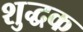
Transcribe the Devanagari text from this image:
शुद्धक